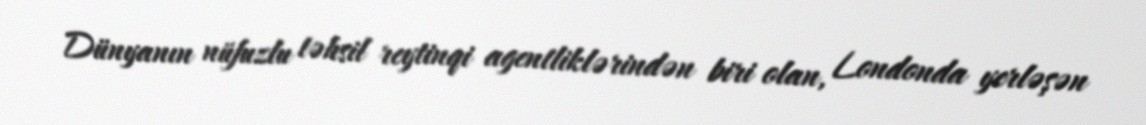
Dünyanın nüfuzlu təhsil reytinqi agentliklərindən biri olan, Londonda yerləşən